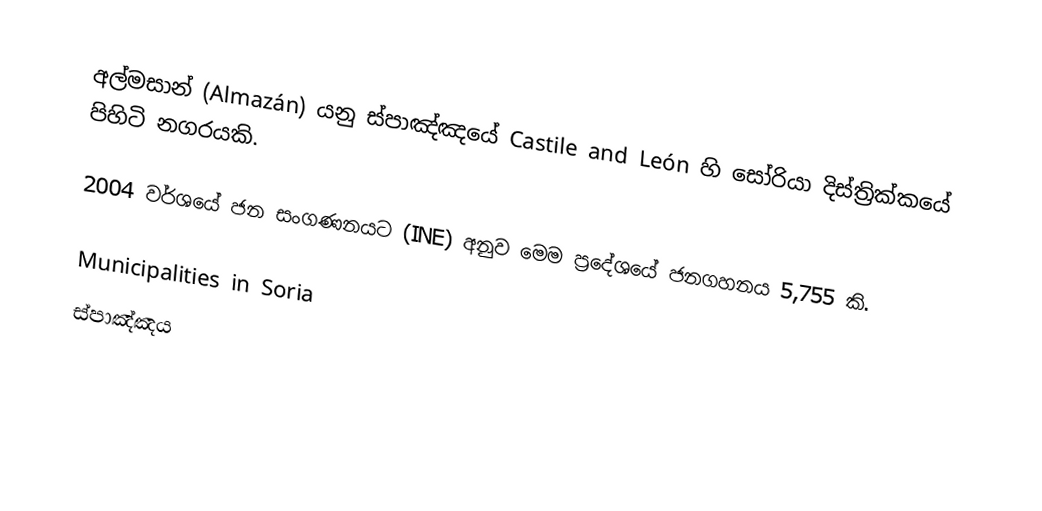
අල්මසාන් (Almazán) යනු ස්පාඤ්ඤයේ Castile and León හි සෝරියා දිස්ත්‍රික්කයේ පිහිටි නගරයකි.

2004 වර්ශයේ ජන සංගණනයට (INE) අනුව මෙම ප්‍රදේශයේ ජනගහනය 5,755 කි.

Municipalities in Soria
ස්පාඤ්ඤය